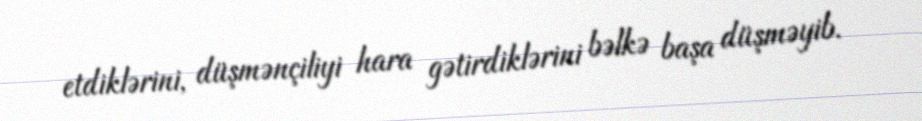
etdiklərini, düşmənçiliyi hara gətirdiklərini bəlkə başa düşməyib.